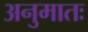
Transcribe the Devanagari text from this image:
अनुमातः